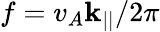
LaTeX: f=v_{A}\mathbf{k}_{||}/2\pi